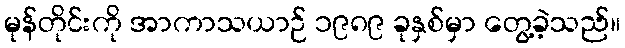
မုန်တိုင်းကို အာကာသယာဉ် ၁၉၈၉ ခုနှစ်မှာ တွေ့ခဲ့သည်။